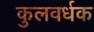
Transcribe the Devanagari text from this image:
कुलवर्धक